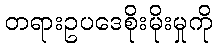
တရားဥပဒေစိုးမိုးမှုကို